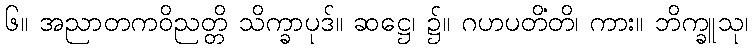
၆။ အညာတကဝိညတ္တိ သိက္ခာပုဒ်။ ဆဋ္ဌေ၊ ၌။ ဂဟပတိံတိ၊ ကား။ ဘိက္ခူသု၊